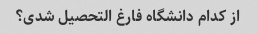
از کدام دانشگاه فارغ التحصیل شدی؟